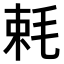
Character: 𣭵